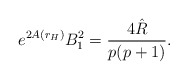
\begin{align*}e^{2A(r_H)}B_1^2=\frac{4\hat{R}}{p(p+1)}.\end{align*}